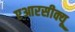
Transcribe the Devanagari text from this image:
एआरसीक्यू